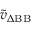
\tilde { v } _ { \Delta \mathrm { B B } }